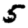
Digit: 5